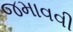
જમાવવી